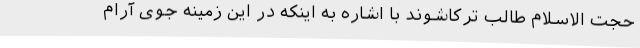
حجت الاسلام طالب ترکاشوند با اشاره به اینکه در این زمینه جوی آرام